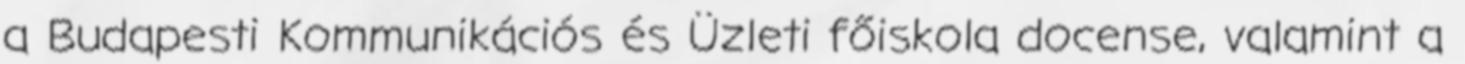
a Budapesti Kommunikációs és Üzleti főiskola docense, valamint a